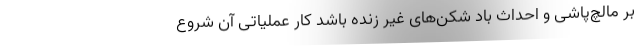
بر مالچ‌پاشی و احداث باد شکن‌های غیر زنده باشد کار عملیاتی آن شروع